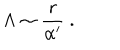
\Lambda \sim { \frac { r } { \alpha ^ { \prime } } } ~ .